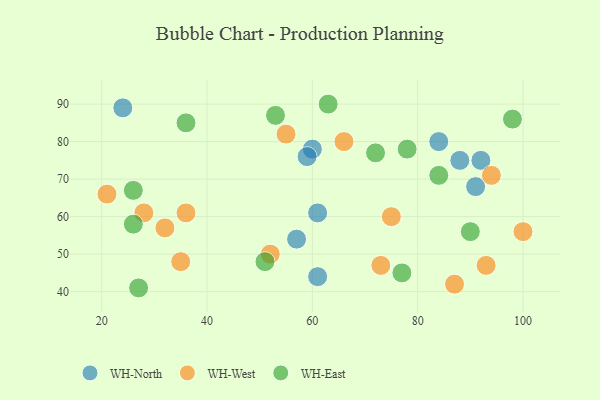
{"axis": {"x": "GDP", "y": "Life Expectancy"}, "legend": ["WH-East", "WH-North", "WH-West"], "data": [{"x": "60", "y": 78, "type": "WH-North"}, {"x": "59", "y": 76, "type": "WH-North"}, {"x": "57", "y": 54, "type": "WH-North"}, {"x": "61", "y": 61, "type": "WH-North"}, {"x": "88", "y": 75, "type": "WH-North"}, {"x": "84", "y": 80, "type": "WH-North"}, {"x": "91", "y": 68, "type": "WH-North"}, {"x": "24", "y": 89, "type": "WH-North"}, {"x": "61", "y": 44, "type": "WH-North"}, {"x": "92", "y": 75, "type": "WH-North"}, {"x": "28", "y": 61, "type": "WH-West"}, {"x": "93", "y": 47, "type": "WH-West"}, {"x": "55", "y": 82, "type": "WH-West"}, {"x": "66", "y": 80, "type": "WH-West"}, {"x": "94", "y": 71, "type": "WH-West"}, {"x": "100", "y": 56, "type": "WH-West"}, {"x": "87", "y": 42, "type": "WH-West"}, {"x": "35", "y": 48, "type": "WH-West"}, {"x": "73", "y": 47, "type": "WH-West"}, {"x": "52", "y": 50, "type": "WH-West"}, {"x": "32", "y": 57, "type": "WH-West"}, {"x": "36", "y": 61, "type": "WH-West"}, {"x": "21", "y": 66, "type": "WH-West"}, {"x": "75", "y": 60, "type": "WH-West"}, {"x": "90", "y": 56, "type": "WH-East"}, {"x": "72", "y": 77, "type": "WH-East"}, {"x": "26", "y": 58, "type": "WH-East"}, {"x": "84", "y": 71, "type": "WH-East"}, {"x": "98", "y": 86, "type": "WH-East"}, {"x": "51", "y": 48, "type": "WH-East"}, {"x": "78", "y": 78, "type": "WH-East"}, {"x": "53", "y": 87, "type": "WH-East"}, {"x": "27", "y": 41, "type": "WH-East"}, {"x": "63", "y": 90, "type": "WH-East"}, {"x": "77", "y": 45, "type": "WH-East"}, {"x": "36", "y": 85, "type": "WH-East"}, {"x": "26", "y": 67, "type": "WH-East"}]}